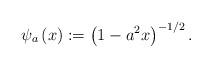
LaTeX: \begin{align*}\psi_{a}\left( x\right):=\left(1-a^{2}x\right)^{-1/2}.\end{align*}